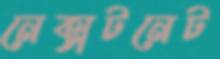
নেক্সটনেট